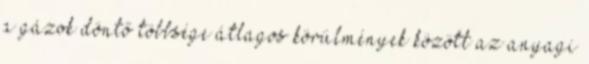
a gázok döntő többsége átlagos körülmények között az anyagi